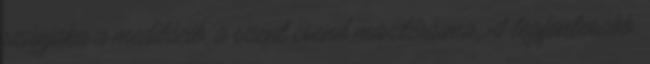
szúnjaka a meditáció, a szent csend misztériuma. A legfontosabb,